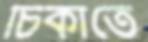
চিকাতে